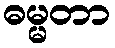
ဓမ္မတာ